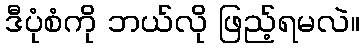
ဒီပုံစံကို ဘယ်လို ဖြည့်ရမလဲ။